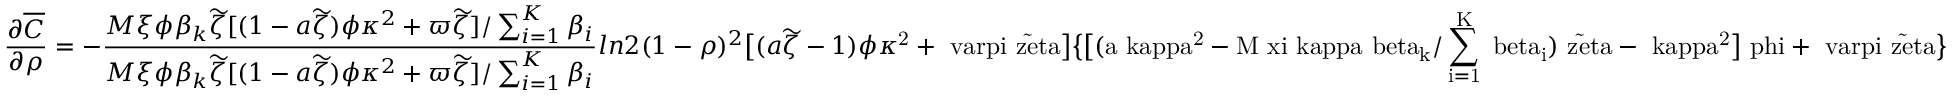
\frac { \partial \overline { { C } } } { \partial \rho } = - \frac { M \xi \phi \beta _ { k } \widetilde { \zeta } [ ( 1 - a \widetilde { \zeta } ) \phi \kappa ^ { 2 } + \varpi \widetilde { \zeta } ] / \sum _ { i = 1 } ^ { K } \beta _ { i } } { M \xi \phi \beta _ { k } \widetilde { \zeta } [ ( 1 - a \widetilde { \zeta } ) \phi \kappa ^ { 2 } + \varpi \widetilde { \zeta } ] / \sum _ { i = 1 } ^ { K } \beta _ { i } } { l n 2 ( 1 - \rho ) ^ { 2 } \mit \big [ ( a \widetilde { \zeta } - 1 ) \phi \kappa \mathrm { ^ 2 + \ v a r p i \widetilde { \ z e t a } \big ] \big \{ \big [ ( \mit a \ k a p p a \mathrm { ^ 2 - \mit M \ x i \ k a p p a \ b e t a _ { k } / \sum _ { i \mathrm { = 1 } } \mit ^ { K } \ b e t a _ { i } ) \widetilde { \ z e t a } - \ k a p p a \mathrm { ^ 2 \big ] \ p h i + \ v a r p i \widetilde { \ z e t a } \big \} } } } }